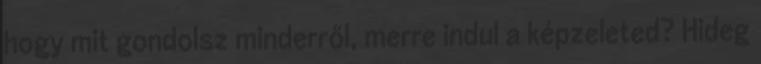
hogy mit gondolsz minderről, merre indul a képzeleted? Hideg